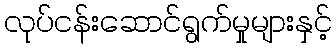
လုပ်ငန်းဆောင်ရွက်မှုများနှင့်